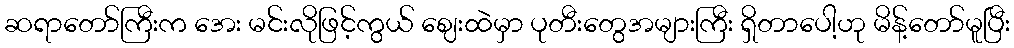
ဆရာတော်ကြီးက အေး မင်းလိုဖြင့်ကွယ် ဈေးထဲမှာ ပုတီးတွေအများကြီး ရှိတာပေါ့ဟု မိန့်တော်မူပြီး